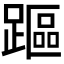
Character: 𨄅